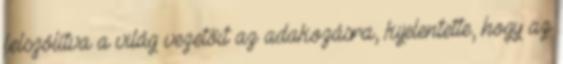
felszólítva a világ vezetőit az adakozásra, kijelentette, hogy az